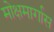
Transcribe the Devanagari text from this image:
मोक्षमार्गास